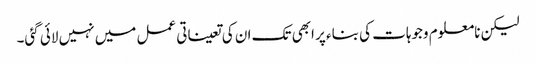
لیکن نامعلوم وجوہات کی بناء پر ابھی تک ان کی تعیناتی عمل میں نہیں لائی گئی۔